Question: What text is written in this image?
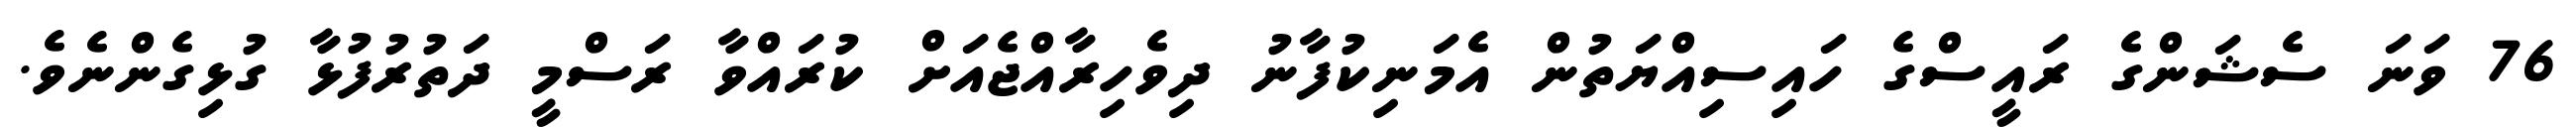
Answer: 76 ވަނަ ސެޝަންގެ ރައީސްގެ ހައިސިއްޔަތުން އެމަނިކުފާނު ދިވެހިރާއްޖެއަށް ކުރައްވާ ރަސްމީ ދަތުރުފުޅާ ގުޅިގެންނެވެ.